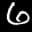
Label: 6